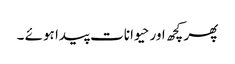
پھر کچھ اور حیوانات پیدا ہوئے ۔